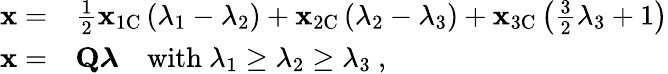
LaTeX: \begin{array}{rl}{\mathbf{x}=}&{\frac{1}{2}\mathbf{x}_{\mathrm{1C}}\left(\lambda_{1}-\lambda_{2}\right)+\mathbf{x}_{\mathrm{2C}}\left(\lambda_{2}-\lambda_{3}\right)+\mathbf{x}_{\mathrm{3C}}\left(\frac{3}{2}\lambda_{3}+1\right)}\\ {\mathbf{x}=}&{\mathbf{Q}\boldsymbol{\lambda}\quad\mathrm{with}\ \lambda_{1}\geq\lambda_{2}\geq\lambda_{3}\ \mathrm{,}}\end{array}